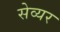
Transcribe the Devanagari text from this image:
सेव्यर